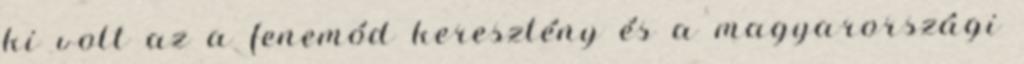
ki volt az a fenemód keresztény és a magyarországi